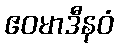
ဧဝမာဒီနဝံ